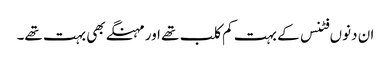
ان دنوں فٹنس کے بہت کم کلب تھے اور مہنگے بھی بہت تھے۔